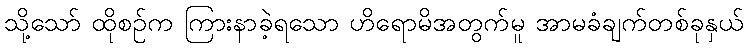
သို့သော် ထိုစဉ်က ကြားနာခဲ့ရသော ဟိရောမိအတွက်မူ အာမခံချက်တစ်ခုနှယ်